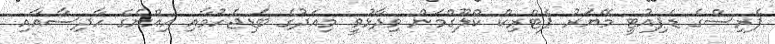
ޕެރިސްގެ ޑެޕިއުޓީ މޭޔަރު ޕެޓްރިކް ކްލޫގްމަން ވިދާޅުވީ މިއަދުގެ ބަޑިޖެހުމާއި އިއްޔެގެ ހާދިސާއާއި